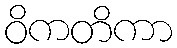
ဝိကတိကာ